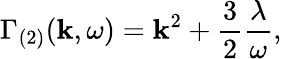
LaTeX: \Gamma_{(2)}(\mathbf{k},\omega)=\mathbf{k}^{2}+\frac{{3}}{{2}}\frac{{\lambda}}{{\omega}},